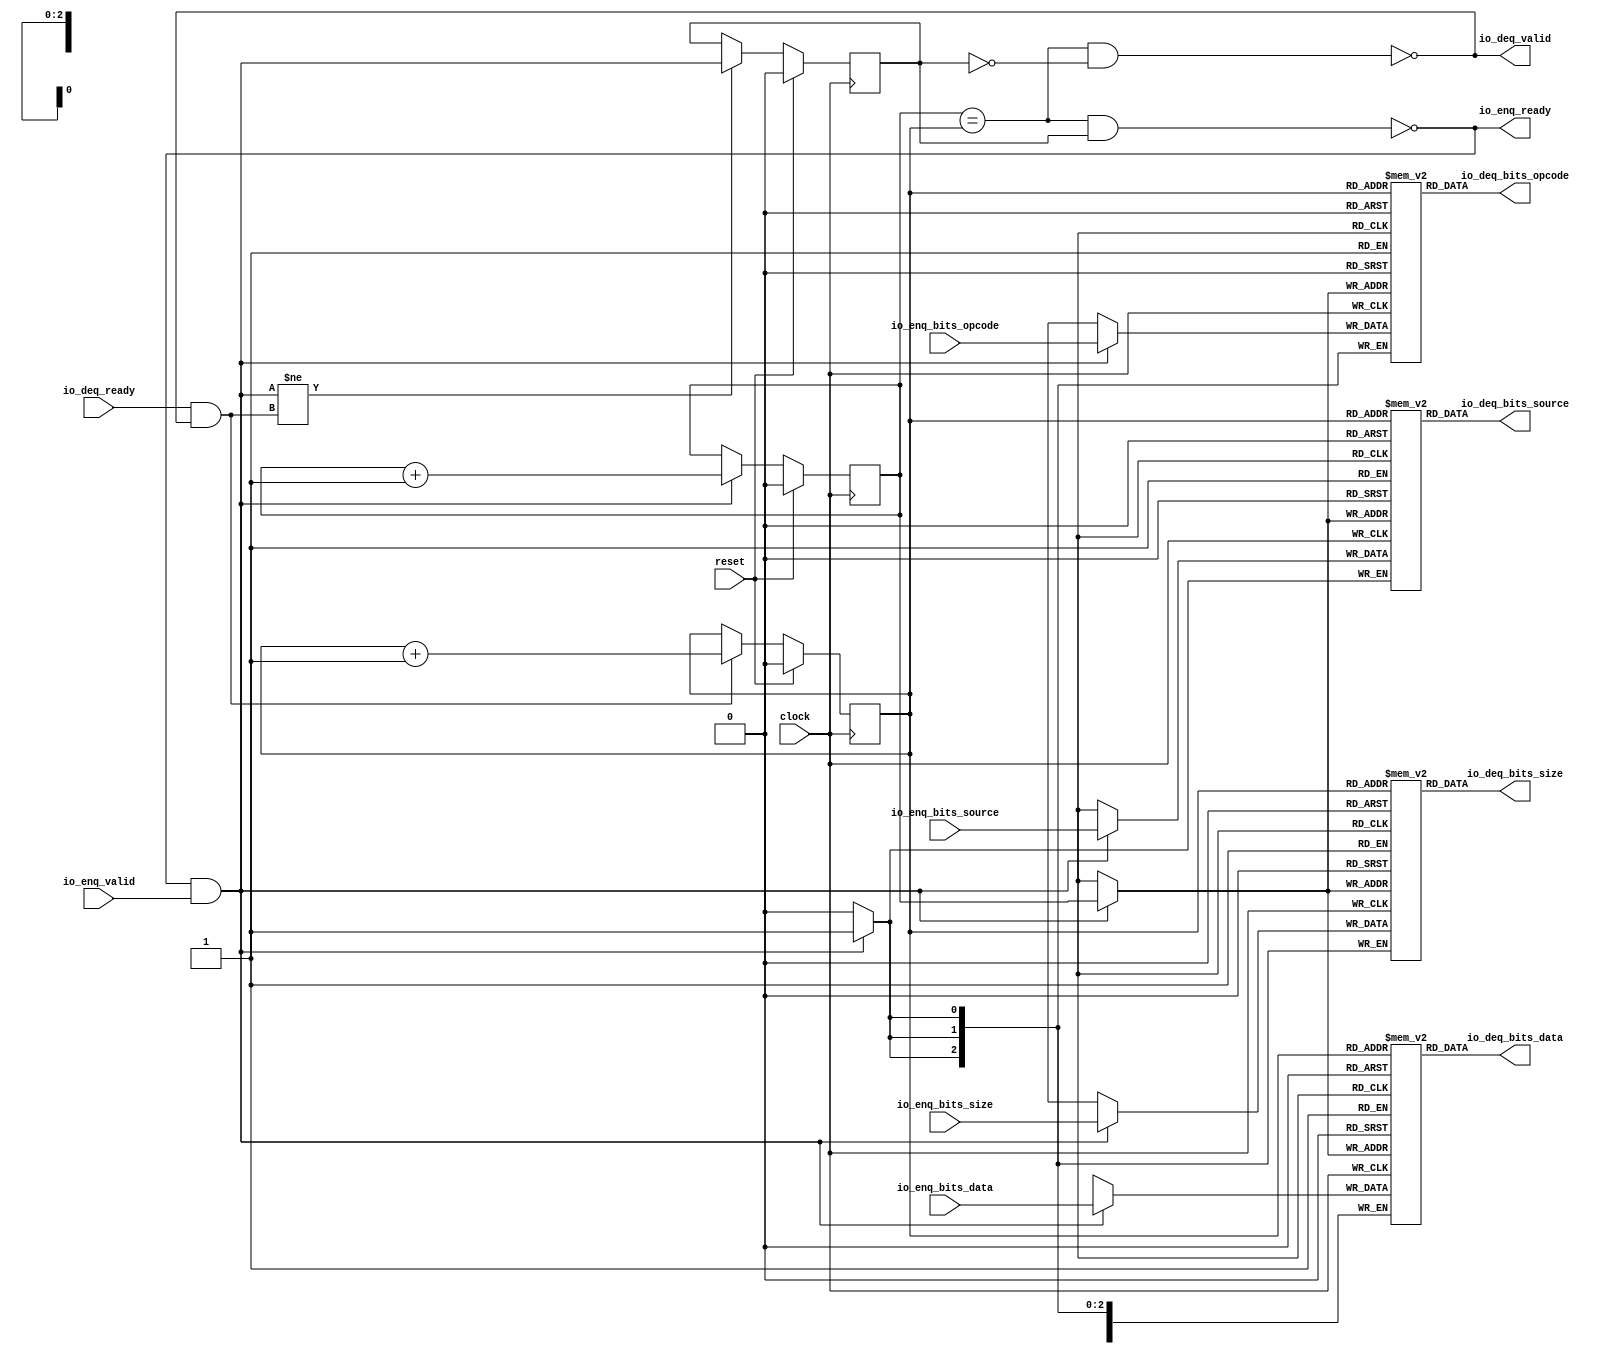
module Queue_13(
  input         clock,
  input         reset,
  output        io_enq_ready,
  input         io_enq_valid,
  input  [2:0]  io_enq_bits_opcode,
  input  [2:0]  io_enq_bits_size,
  input         io_enq_bits_source,
  input  [63:0] io_enq_bits_data,
  input         io_deq_ready,
  output        io_deq_valid,
  output [2:0]  io_deq_bits_opcode,
  output [2:0]  io_deq_bits_size,
  output        io_deq_bits_source,
  output [63:0] io_deq_bits_data
);
`ifdef RANDOMIZE_MEM_INIT
  reg [31:0] _RAND_0;
  reg [31:0] _RAND_1;
  reg [31:0] _RAND_2;
  reg [63:0] _RAND_3;
`endif // RANDOMIZE_MEM_INIT
`ifdef RANDOMIZE_REG_INIT
  reg [31:0] _RAND_4;
  reg [31:0] _RAND_5;
  reg [31:0] _RAND_6;
`endif // RANDOMIZE_REG_INIT
  reg [2:0] ram_opcode [0:1]; // @[Decoupled.scala 224:95]
  wire  ram_opcode_io_deq_bits_MPORT_en; // @[Decoupled.scala 224:95]
  wire  ram_opcode_io_deq_bits_MPORT_addr; // @[Decoupled.scala 224:95]
  wire [2:0] ram_opcode_io_deq_bits_MPORT_data; // @[Decoupled.scala 224:95]
  wire [2:0] ram_opcode_MPORT_data; // @[Decoupled.scala 224:95]
  wire  ram_opcode_MPORT_addr; // @[Decoupled.scala 224:95]
  wire  ram_opcode_MPORT_mask; // @[Decoupled.scala 224:95]
  wire  ram_opcode_MPORT_en; // @[Decoupled.scala 224:95]
  reg [2:0] ram_size [0:1]; // @[Decoupled.scala 224:95]
  wire  ram_size_io_deq_bits_MPORT_en; // @[Decoupled.scala 224:95]
  wire  ram_size_io_deq_bits_MPORT_addr; // @[Decoupled.scala 224:95]
  wire [2:0] ram_size_io_deq_bits_MPORT_data; // @[Decoupled.scala 224:95]
  wire [2:0] ram_size_MPORT_data; // @[Decoupled.scala 224:95]
  wire  ram_size_MPORT_addr; // @[Decoupled.scala 224:95]
  wire  ram_size_MPORT_mask; // @[Decoupled.scala 224:95]
  wire  ram_size_MPORT_en; // @[Decoupled.scala 224:95]
  reg  ram_source [0:1]; // @[Decoupled.scala 224:95]
  wire  ram_source_io_deq_bits_MPORT_en; // @[Decoupled.scala 224:95]
  wire  ram_source_io_deq_bits_MPORT_addr; // @[Decoupled.scala 224:95]
  wire  ram_source_io_deq_bits_MPORT_data; // @[Decoupled.scala 224:95]
  wire  ram_source_MPORT_data; // @[Decoupled.scala 224:95]
  wire  ram_source_MPORT_addr; // @[Decoupled.scala 224:95]
  wire  ram_source_MPORT_mask; // @[Decoupled.scala 224:95]
  wire  ram_source_MPORT_en; // @[Decoupled.scala 224:95]
  reg [63:0] ram_data [0:1]; // @[Decoupled.scala 224:95]
  wire  ram_data_io_deq_bits_MPORT_en; // @[Decoupled.scala 224:95]
  wire  ram_data_io_deq_bits_MPORT_addr; // @[Decoupled.scala 224:95]
  wire [63:0] ram_data_io_deq_bits_MPORT_data; // @[Decoupled.scala 224:95]
  wire [63:0] ram_data_MPORT_data; // @[Decoupled.scala 224:95]
  wire  ram_data_MPORT_addr; // @[Decoupled.scala 224:95]
  wire  ram_data_MPORT_mask; // @[Decoupled.scala 224:95]
  wire  ram_data_MPORT_en; // @[Decoupled.scala 224:95]
  reg  value; // @[Counter.scala 60:40]
  reg  value_1; // @[Counter.scala 60:40]
  reg  maybe_full; // @[Decoupled.scala 227:27]
  wire  ptr_match = value == value_1; // @[Decoupled.scala 228:33]
  wire  empty = ptr_match & ~maybe_full; // @[Decoupled.scala 229:25]
  wire  full = ptr_match & maybe_full; // @[Decoupled.scala 230:24]
  wire  do_enq = io_enq_ready & io_enq_valid; // @[Decoupled.scala 40:37]
  wire  do_deq = io_deq_ready & io_deq_valid; // @[Decoupled.scala 40:37]
  assign ram_opcode_io_deq_bits_MPORT_en = 1'h1;
  assign ram_opcode_io_deq_bits_MPORT_addr = value_1;
  assign ram_opcode_io_deq_bits_MPORT_data = ram_opcode[ram_opcode_io_deq_bits_MPORT_addr]; // @[Decoupled.scala 224:95]
  assign ram_opcode_MPORT_data = io_enq_bits_opcode;
  assign ram_opcode_MPORT_addr = value;
  assign ram_opcode_MPORT_mask = 1'h1;
  assign ram_opcode_MPORT_en = io_enq_ready & io_enq_valid;
  assign ram_size_io_deq_bits_MPORT_en = 1'h1;
  assign ram_size_io_deq_bits_MPORT_addr = value_1;
  assign ram_size_io_deq_bits_MPORT_data = ram_size[ram_size_io_deq_bits_MPORT_addr]; // @[Decoupled.scala 224:95]
  assign ram_size_MPORT_data = io_enq_bits_size;
  assign ram_size_MPORT_addr = value;
  assign ram_size_MPORT_mask = 1'h1;
  assign ram_size_MPORT_en = io_enq_ready & io_enq_valid;
  assign ram_source_io_deq_bits_MPORT_en = 1'h1;
  assign ram_source_io_deq_bits_MPORT_addr = value_1;
  assign ram_source_io_deq_bits_MPORT_data = ram_source[ram_source_io_deq_bits_MPORT_addr]; // @[Decoupled.scala 224:95]
  assign ram_source_MPORT_data = io_enq_bits_source;
  assign ram_source_MPORT_addr = value;
  assign ram_source_MPORT_mask = 1'h1;
  assign ram_source_MPORT_en = io_enq_ready & io_enq_valid;
  assign ram_data_io_deq_bits_MPORT_en = 1'h1;
  assign ram_data_io_deq_bits_MPORT_addr = value_1;
  assign ram_data_io_deq_bits_MPORT_data = ram_data[ram_data_io_deq_bits_MPORT_addr]; // @[Decoupled.scala 224:95]
  assign ram_data_MPORT_data = io_enq_bits_data;
  assign ram_data_MPORT_addr = value;
  assign ram_data_MPORT_mask = 1'h1;
  assign ram_data_MPORT_en = io_enq_ready & io_enq_valid;
  assign io_enq_ready = ~full; // @[Decoupled.scala 254:19]
  assign io_deq_valid = ~empty; // @[Decoupled.scala 253:19]
  assign io_deq_bits_opcode = ram_opcode_io_deq_bits_MPORT_data; // @[Decoupled.scala 262:17]
  assign io_deq_bits_size = ram_size_io_deq_bits_MPORT_data; // @[Decoupled.scala 262:17]
  assign io_deq_bits_source = ram_source_io_deq_bits_MPORT_data; // @[Decoupled.scala 262:17]
  assign io_deq_bits_data = ram_data_io_deq_bits_MPORT_data; // @[Decoupled.scala 262:17]
  always @(posedge clock) begin
    if (ram_opcode_MPORT_en & ram_opcode_MPORT_mask) begin
      ram_opcode[ram_opcode_MPORT_addr] <= ram_opcode_MPORT_data; // @[Decoupled.scala 224:95]
    end
    if (ram_size_MPORT_en & ram_size_MPORT_mask) begin
      ram_size[ram_size_MPORT_addr] <= ram_size_MPORT_data; // @[Decoupled.scala 224:95]
    end
    if (ram_source_MPORT_en & ram_source_MPORT_mask) begin
      ram_source[ram_source_MPORT_addr] <= ram_source_MPORT_data; // @[Decoupled.scala 224:95]
    end
    if (ram_data_MPORT_en & ram_data_MPORT_mask) begin
      ram_data[ram_data_MPORT_addr] <= ram_data_MPORT_data; // @[Decoupled.scala 224:95]
    end
    if (reset) begin // @[Counter.scala 60:40]
      value <= 1'h0; // @[Counter.scala 60:40]
    end else if (do_enq) begin // @[Decoupled.scala 237:17]
      value <= value + 1'h1; // @[Counter.scala 76:15]
    end
    if (reset) begin // @[Counter.scala 60:40]
      value_1 <= 1'h0; // @[Counter.scala 60:40]
    end else if (do_deq) begin // @[Decoupled.scala 241:17]
      value_1 <= value_1 + 1'h1; // @[Counter.scala 76:15]
    end
    if (reset) begin // @[Decoupled.scala 227:27]
      maybe_full <= 1'h0; // @[Decoupled.scala 227:27]
    end else if (do_enq != do_deq) begin // @[Decoupled.scala 244:28]
      maybe_full <= do_enq; // @[Decoupled.scala 245:16]
    end
  end
// Register and memory initialization
`ifdef RANDOMIZE_GARBAGE_ASSIGN
`define RANDOMIZE
`endif
`ifdef RANDOMIZE_INVALID_ASSIGN
`define RANDOMIZE
`endif
`ifdef RANDOMIZE_REG_INIT
`define RANDOMIZE
`endif
`ifdef RANDOMIZE_MEM_INIT
`define RANDOMIZE
`endif
`ifndef RANDOM
`define RANDOM $random
`endif
`ifdef RANDOMIZE_MEM_INIT
  integer initvar;
`endif
`ifndef SYNTHESIS
`ifdef FIRRTL_BEFORE_INITIAL
`FIRRTL_BEFORE_INITIAL
`endif
initial begin
  `ifdef RANDOMIZE
    `ifdef INIT_RANDOM
      `INIT_RANDOM
    `endif
    `ifndef VERILATOR
      `ifdef RANDOMIZE_DELAY
        #`RANDOMIZE_DELAY begin end
      `else
        #0.002 begin end
      `endif
    `endif
`ifdef RANDOMIZE_MEM_INIT
  _RAND_0 = {1{`RANDOM}};
  for (initvar = 0; initvar < 2; initvar = initvar+1)
    ram_opcode[initvar] = _RAND_0[2:0];
  _RAND_1 = {1{`RANDOM}};
  for (initvar = 0; initvar < 2; initvar = initvar+1)
    ram_size[initvar] = _RAND_1[2:0];
  _RAND_2 = {1{`RANDOM}};
  for (initvar = 0; initvar < 2; initvar = initvar+1)
    ram_source[initvar] = _RAND_2[0:0];
  _RAND_3 = {2{`RANDOM}};
  for (initvar = 0; initvar < 2; initvar = initvar+1)
    ram_data[initvar] = _RAND_3[63:0];
`endif // RANDOMIZE_MEM_INIT
`ifdef RANDOMIZE_REG_INIT
  _RAND_4 = {1{`RANDOM}};
  value = _RAND_4[0:0];
  _RAND_5 = {1{`RANDOM}};
  value_1 = _RAND_5[0:0];
  _RAND_6 = {1{`RANDOM}};
  maybe_full = _RAND_6[0:0];
`endif // RANDOMIZE_REG_INIT
  `endif // RANDOMIZE
end // initial
`ifdef FIRRTL_AFTER_INITIAL
`FIRRTL_AFTER_INITIAL
`endif
`endif // SYNTHESIS
endmodule